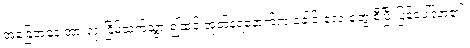
အခြေအနေ အားလုံးငြိမ်သက်သွား၍ထင့် အုတ်နံရံနောက်က ခေါင်းလေးတွေ စီပြီးပြန်ပေါ်လာ၏။